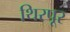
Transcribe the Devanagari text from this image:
थिरपूर